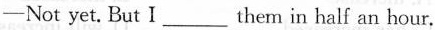
—Not yet. But I___ them in half an hour.